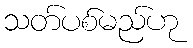
သတ်ပစ်မည်ဟု